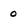
Character: 0